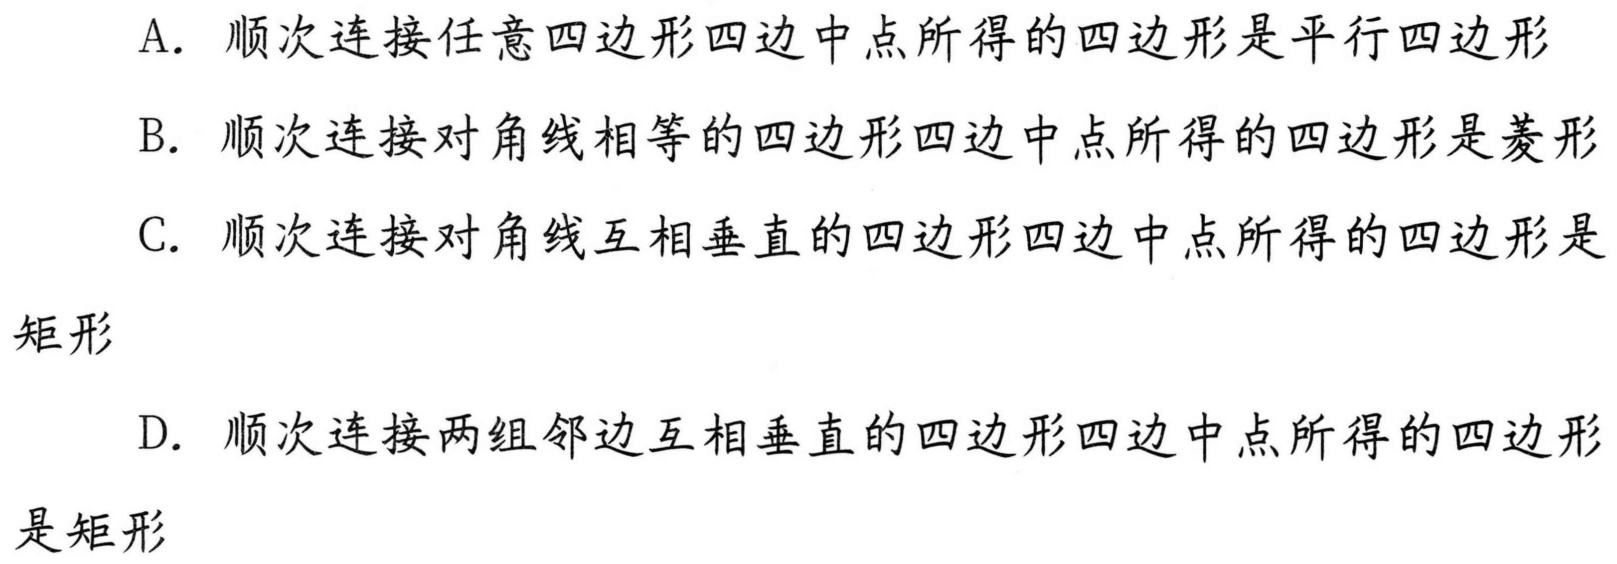
A. 顺次连接任意四边形四边中点所得的四边形是平行四边形
B. 顺次连接对角线相等的四边形四边中点所得的四边形是菱形
C. 顺次连接对角线互相垂直的四边形四边中点所得的四边形是
矩形
D. 顺次连接两组邻边互相垂直的四边形四边中点所得的四边形
是矩形